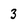
Character: 3